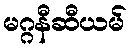
မဂ္ဂနီဆီယမ်